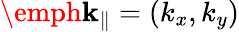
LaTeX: \emph{\textbf{k}}_{\parallel}=(k_{x},k_{y})